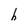
Character: h